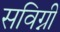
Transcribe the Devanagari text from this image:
सविग्नी